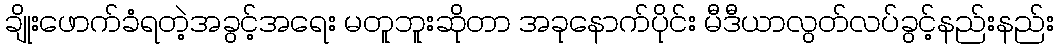
ချိုးဖောက်ခံရတဲ့အခွင့်အရေး မတူဘူးဆိုတာ အခုနောက်ပိုင်း မီဒီယာလွတ်လပ်ခွင့်နည်းနည်း